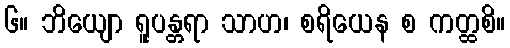
၆။ ဘိယျော ရူပန္တရာ သာဟ၊ စရိယေန စ ကတ္ထစိ။